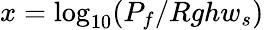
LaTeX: x=\log_{10}(P_{f}/Rghw_{s})